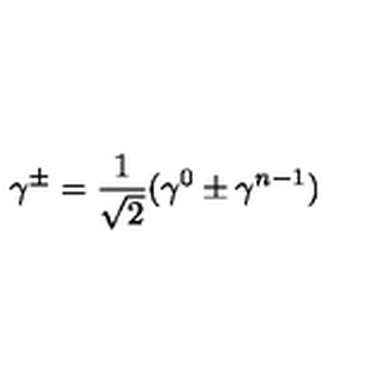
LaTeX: \gamma ^ { \pm } = \frac { 1 } { \sqrt { 2 } } ( \gamma ^ { 0 } \pm \gamma ^ { n - 1 } )